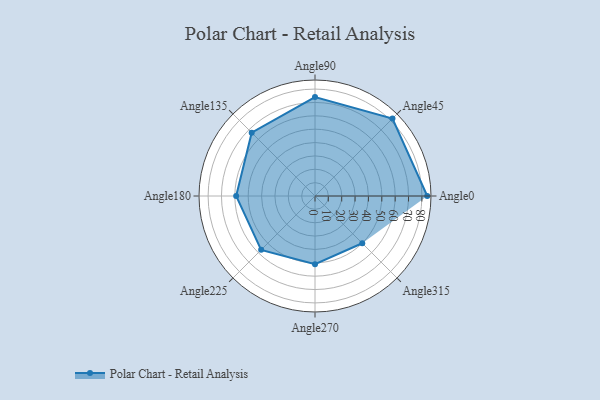
{"axis": {"x": "Angle", "y": "Radius"}, "legend": [""], "data": [{"x": "Angle0", "y": 84.0, "type": ""}, {"x": "Angle45", "y": 82.0, "type": ""}, {"x": "Angle90", "y": 74.0, "type": ""}, {"x": "Angle135", "y": 67.0, "type": ""}, {"x": "Angle180", "y": 59.0, "type": ""}, {"x": "Angle225", "y": 57.0, "type": ""}, {"x": "Angle270", "y": 51.0, "type": ""}, {"x": "Angle315", "y": 50, "type": ""}]}